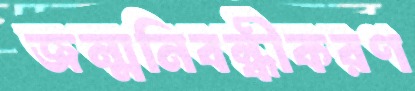
জন্মনিবন্ধীকরণ